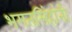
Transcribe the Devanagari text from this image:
भगतसिंहांनी